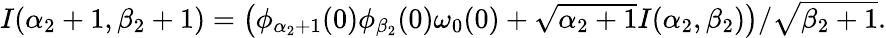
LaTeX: \begin{array}{r}{I(\alpha_{2}+1,\beta_{2}+1)=\left(\phi_{\alpha_{2}+1}(0)\phi_{\beta_{2}}(0)\omega_{0}(0)+\sqrt{\alpha_{2}+1}I(\alpha_{2},\beta_{2})\right)/\sqrt{\beta_{2}+1}.}\end{array}